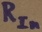
Text: RIn